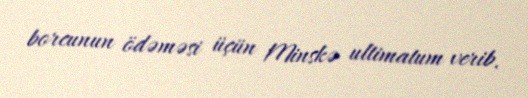
borcunun ödəməsi üçün Minskə ultimatum verib.